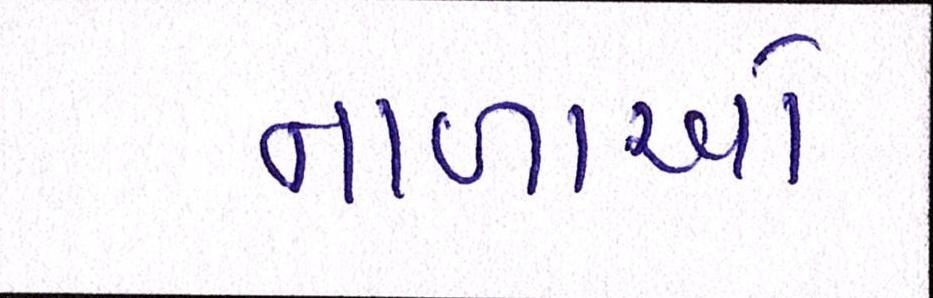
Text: નાળાઓ